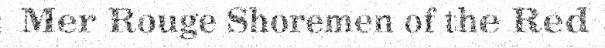
Mer Rouge Shoremen of the Red